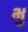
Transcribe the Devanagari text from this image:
भु